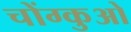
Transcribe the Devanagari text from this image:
चोंग्कुओ